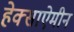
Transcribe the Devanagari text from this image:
हेक्साऐमीन